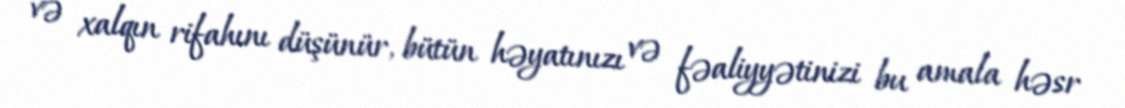
və xalqın rifahını düşünür, bütün həyatınızı və fəaliyyətinizi bu amala həsr